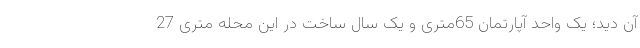
آن دید؛ یک واحد آپارتمان 65متری و یک سال ساخت در این محله متری 27